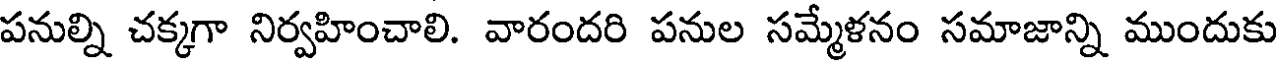
పనుల్ని చక్కగా నిర్వహించాలి. వారందరి పనుల సమ్మేళనం సమాజాన్ని ముందుకు